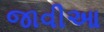
જાવીઆ